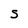
Character: S